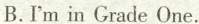
B.I'm in Grade One.